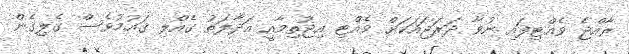
ރާއްޖެ ވެއްޓިފައި ނުވާ ދަރަޖައަކަށް ވެއްޓި އިޖުތިމާއީ އަދާލަތު ގެއްލި ޤައުމުވެސް ގެލިގެން